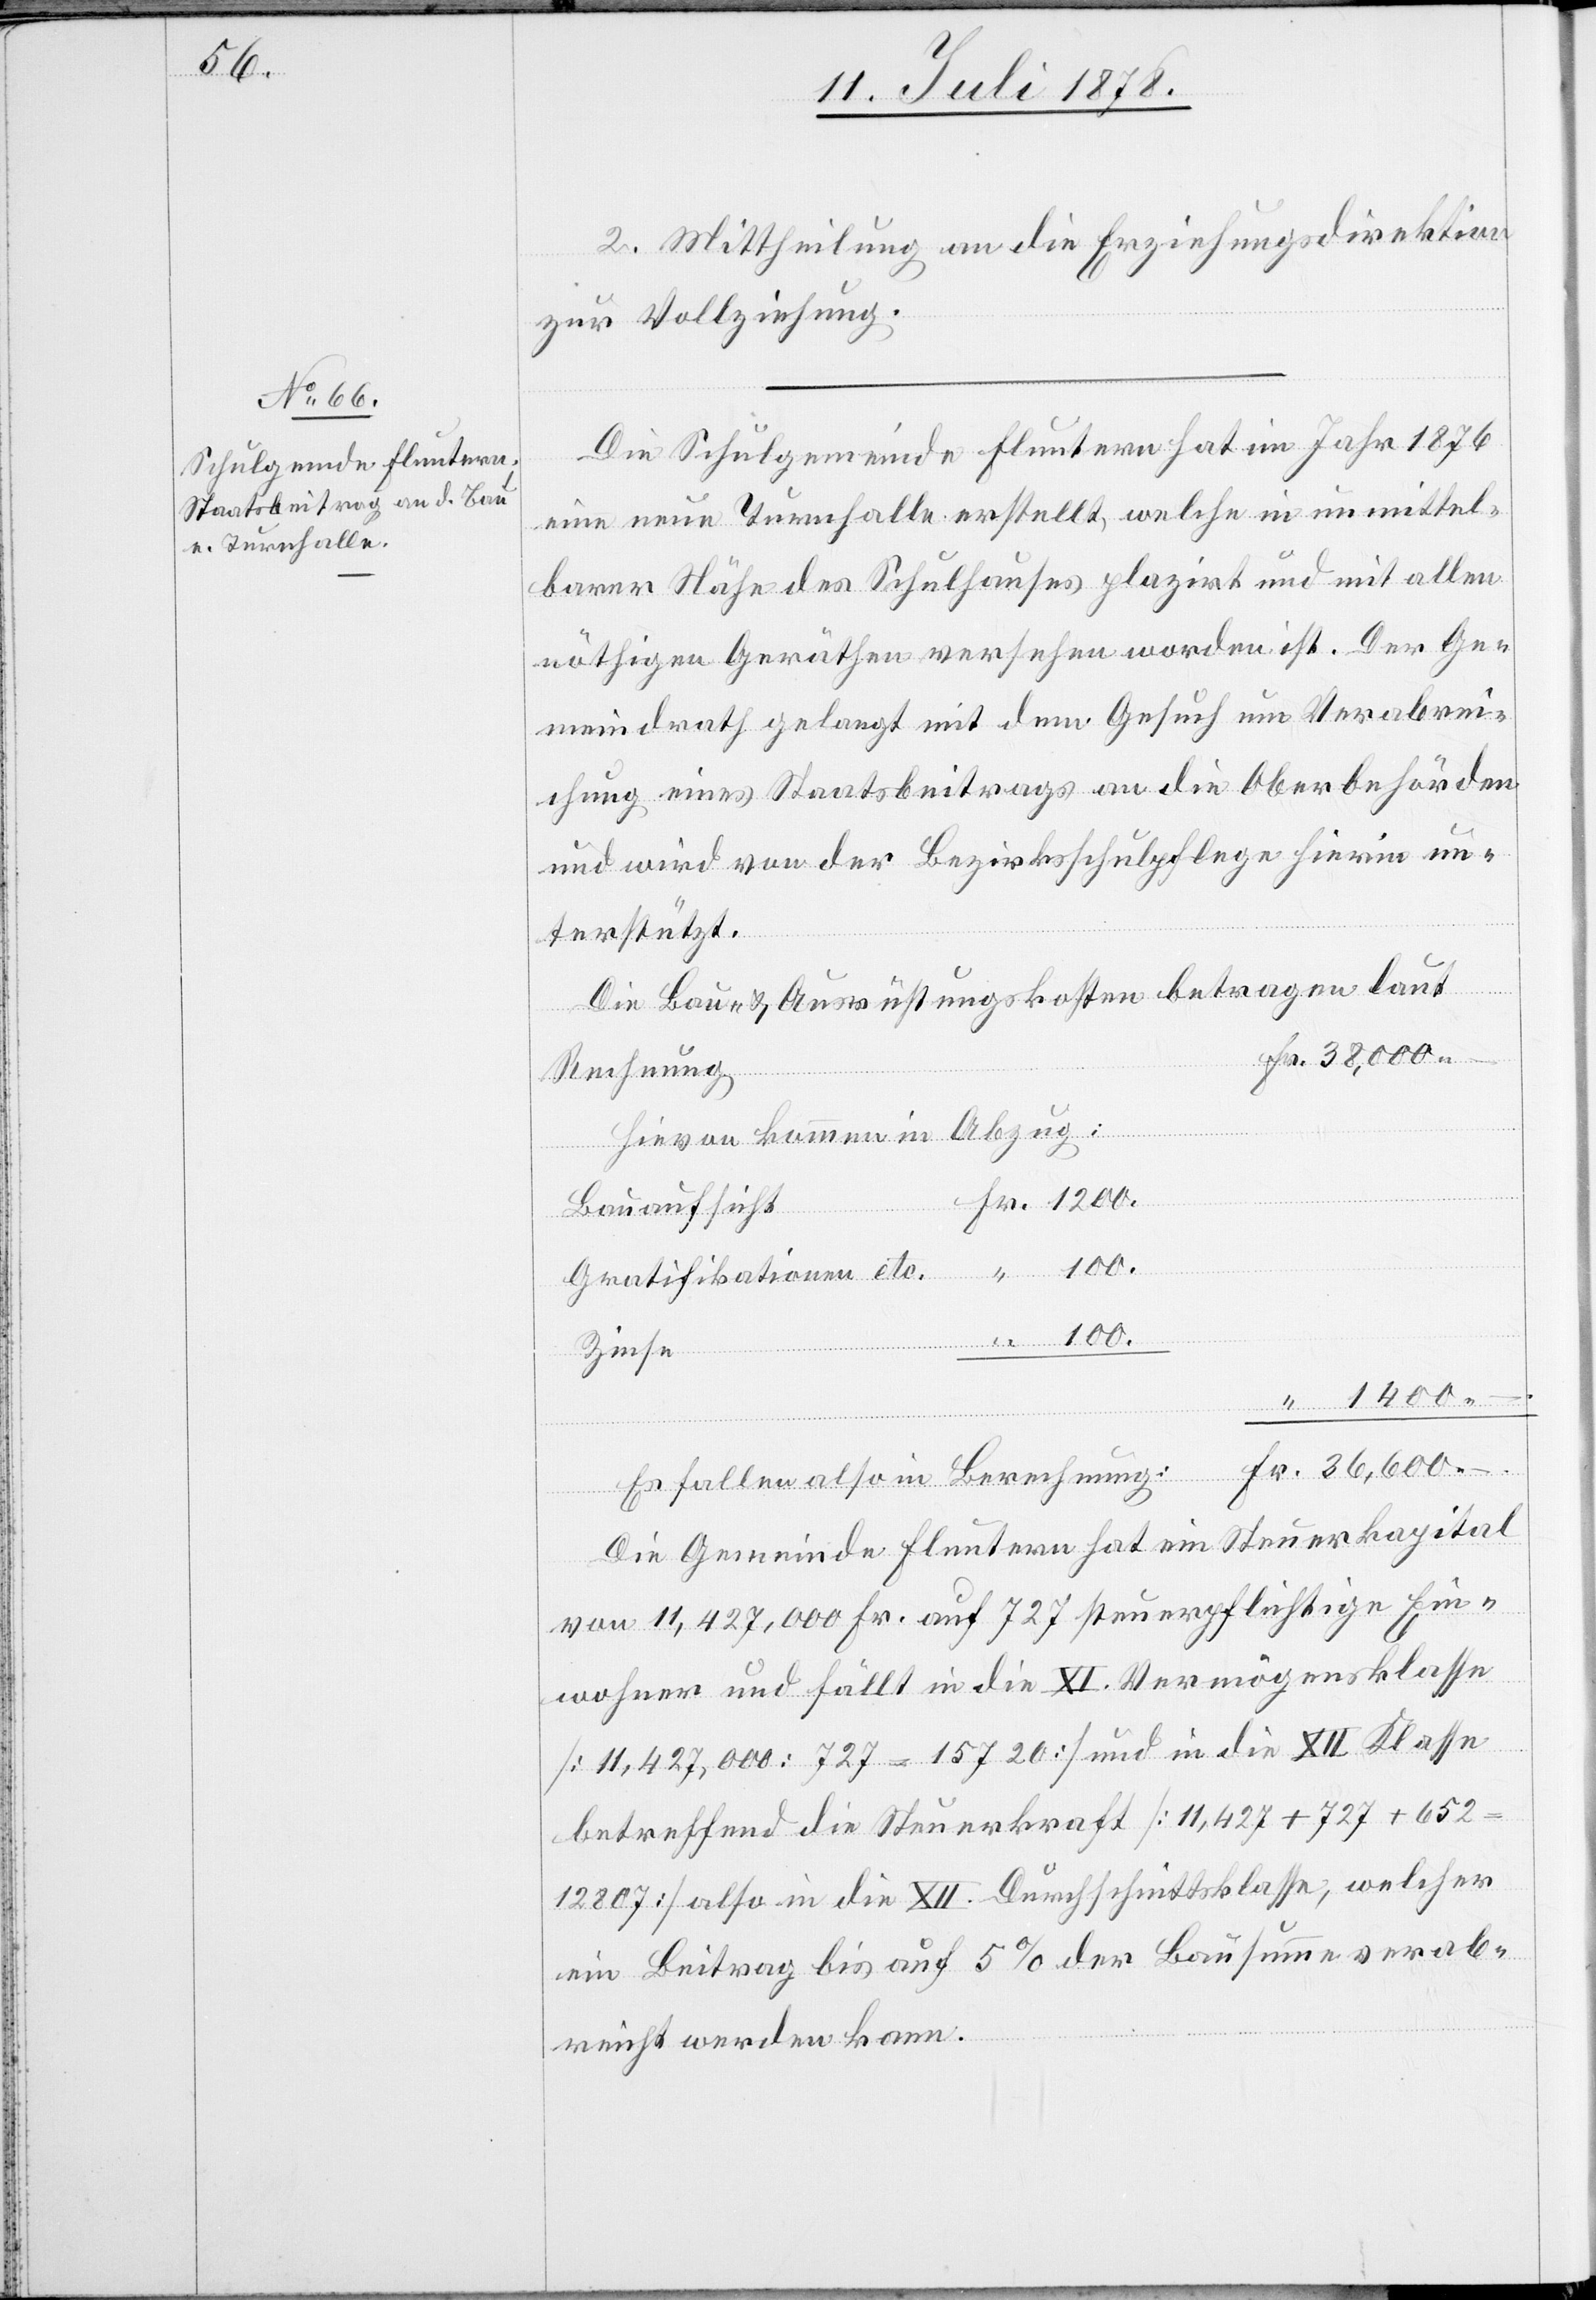
2. Mittheilung an die Erziehungsdirektion
zur Vollziehung.